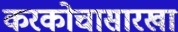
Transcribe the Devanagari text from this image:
करकोचासारखा